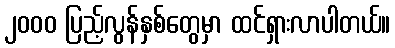
၂၀၀၀ ပြည့်လွန်နှစ်တွေမှာ ထင်ရှားလာပါတယ်။